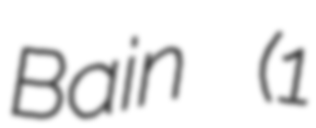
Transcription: Bain (1